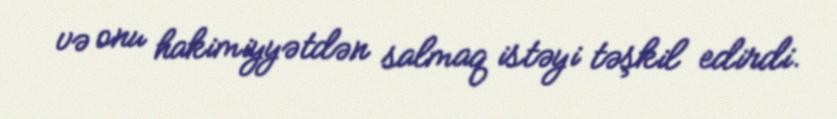
və onu hakimiyyətdən salmaq istəyi təşkil edirdi.